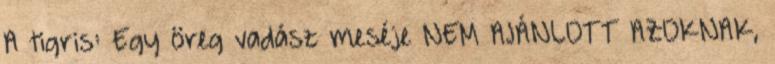
A tigris: Egy öreg vadász meséje NEM AJÁNLOTT AZOKNAK,